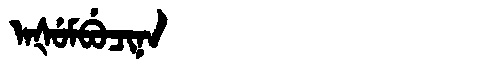
Manchu: ᠠᡧᡠᠮᠪᡠᠴᡳᠨᠠ
Romanization: AŠUMBUCINA